Lyperosia minuta, Bezzi - Number 59
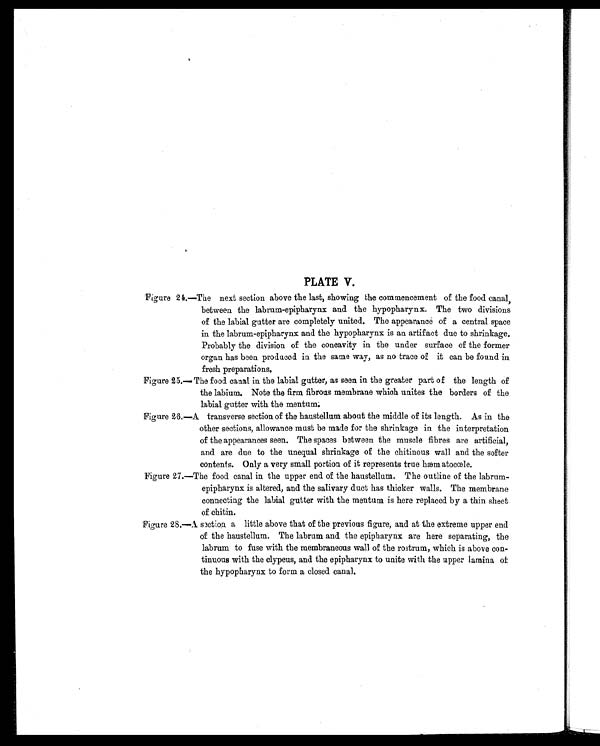
PLATE V.
Figure 24.—The next section above the last, showing the commencement of the food canal,
between the labrum-epipharynx and the hypopharynx. The two divisions
of the labial gutter are completely united. The appearance of a central space
in the labrum-epipharynx and the hypopharynx is an artifact due to shrinkage.
Probably the division of the concavity in the under surface of the former
organ has been produced in the same way, as no trace of it can be found in
fresh preparations.
Figure 25.—The food canal in the labial gutter, as seen in the greater part of the length of
the labium. Note the firm fibrous membrane which unites the borders of the
labial gutter with the mentum;
Figure 26.—A. transverse section of the haustellum about the middle of its length. As in the
other sections, allowance must be made for the shrinkage in the interpretation
of the appearances seen. The spaces between the muscle fibres are artificial,
and are due to the unequal shrinkage of the chitinous wall and the softer
contents. Only a very small portion of it represents true hæm atocœle.
Figure 27.—The food canal in the upper end of the haustellum. The outline of the labrum-
epipharynx is altered, and the salivary duct has thicker walls. The membrane
connecting the labial gutter with the mentum is here replaced by a thin sheet
of chitin.
Figure 28.—A section a little above that of the previous figure, and at the extreme upper end
of the haustellum. The labrum and the epipharynx are here separating, the
labrum to fuse with the membraneous wall of the rostrum, which is above con-
tinuous with the clypeus, and the epipharynx to unite with the upper lamina of
the hypopharynx to form a closed canal.